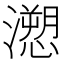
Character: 𭳏